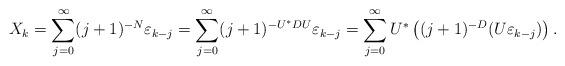
LaTeX: \begin{align*} X_{k}=\sum_{j=0}^{\infty} (j+1)^{-N}\varepsilon_{k-j}=\sum_{j=0}^{\infty} (j+1)^{-U^{*}DU}\varepsilon_{k-j}=\sum_{j=0}^{\infty} U^{*}\left( (j+1)^{-D}(U\varepsilon_{k-j})\right).\end{align*}